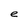
Character: e